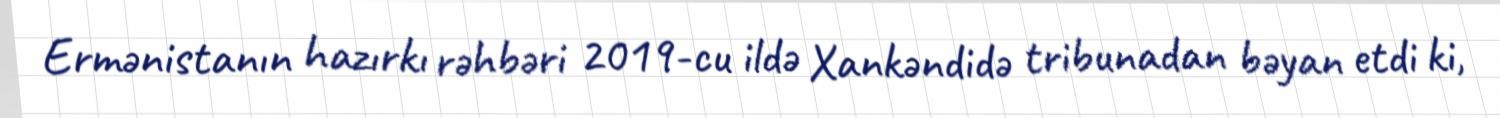
Ermənistanın hazırkı rəhbəri 2019-cu ildə Xankəndidə tribunadan bəyan etdi ki,